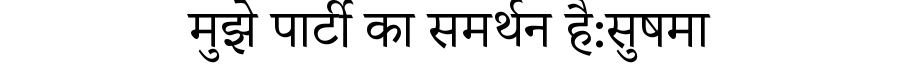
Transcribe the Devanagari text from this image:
मुझे पार्टी का समर्थन है:सुषमा